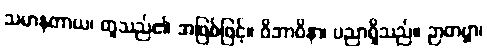
သမာနတာယ၊ တူသည်၏ အဖြစ်ဖြင့်။ ဝိဘာဝိနာ၊ ပညာရှိသည်။ ဉာတဗ္ဗာ၊